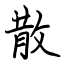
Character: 散